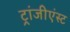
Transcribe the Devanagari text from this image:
ट्रांजीएंस्ट